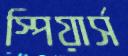
স্পিয়ার্স